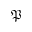
\mathfrak { P }